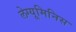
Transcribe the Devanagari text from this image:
लेग्यूमिनिस